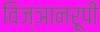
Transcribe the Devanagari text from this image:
विज्ञानरूपी